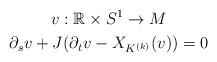
LaTeX: \begin{gather*}v:\mathbb{R}\times S^1\rightarrow M \\\partial_sv+J(\partial_tv-X_{K^{(k)}}(v))=0\end{gather*}